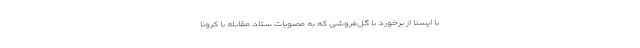
با ایسنا از برخورد با گل‌فروشی که به مصوبات ستاد مقابله با کرونا